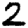
Digit: 2